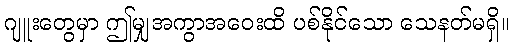
ဂျူးတွေမှာ ဤမျှအကွာအဝေးထိ ပစ်နိုင်သော သေနတ်မရှိ။